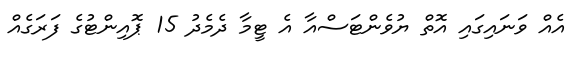
އެއް ވަނައިގައި އޮތް ޔުވެންޓަސްއާ އެ ޓީމާ ދެމެދު 15 ޕޮއިންޓުގެ ފަރަގެއް